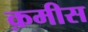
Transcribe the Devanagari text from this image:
क़मीस